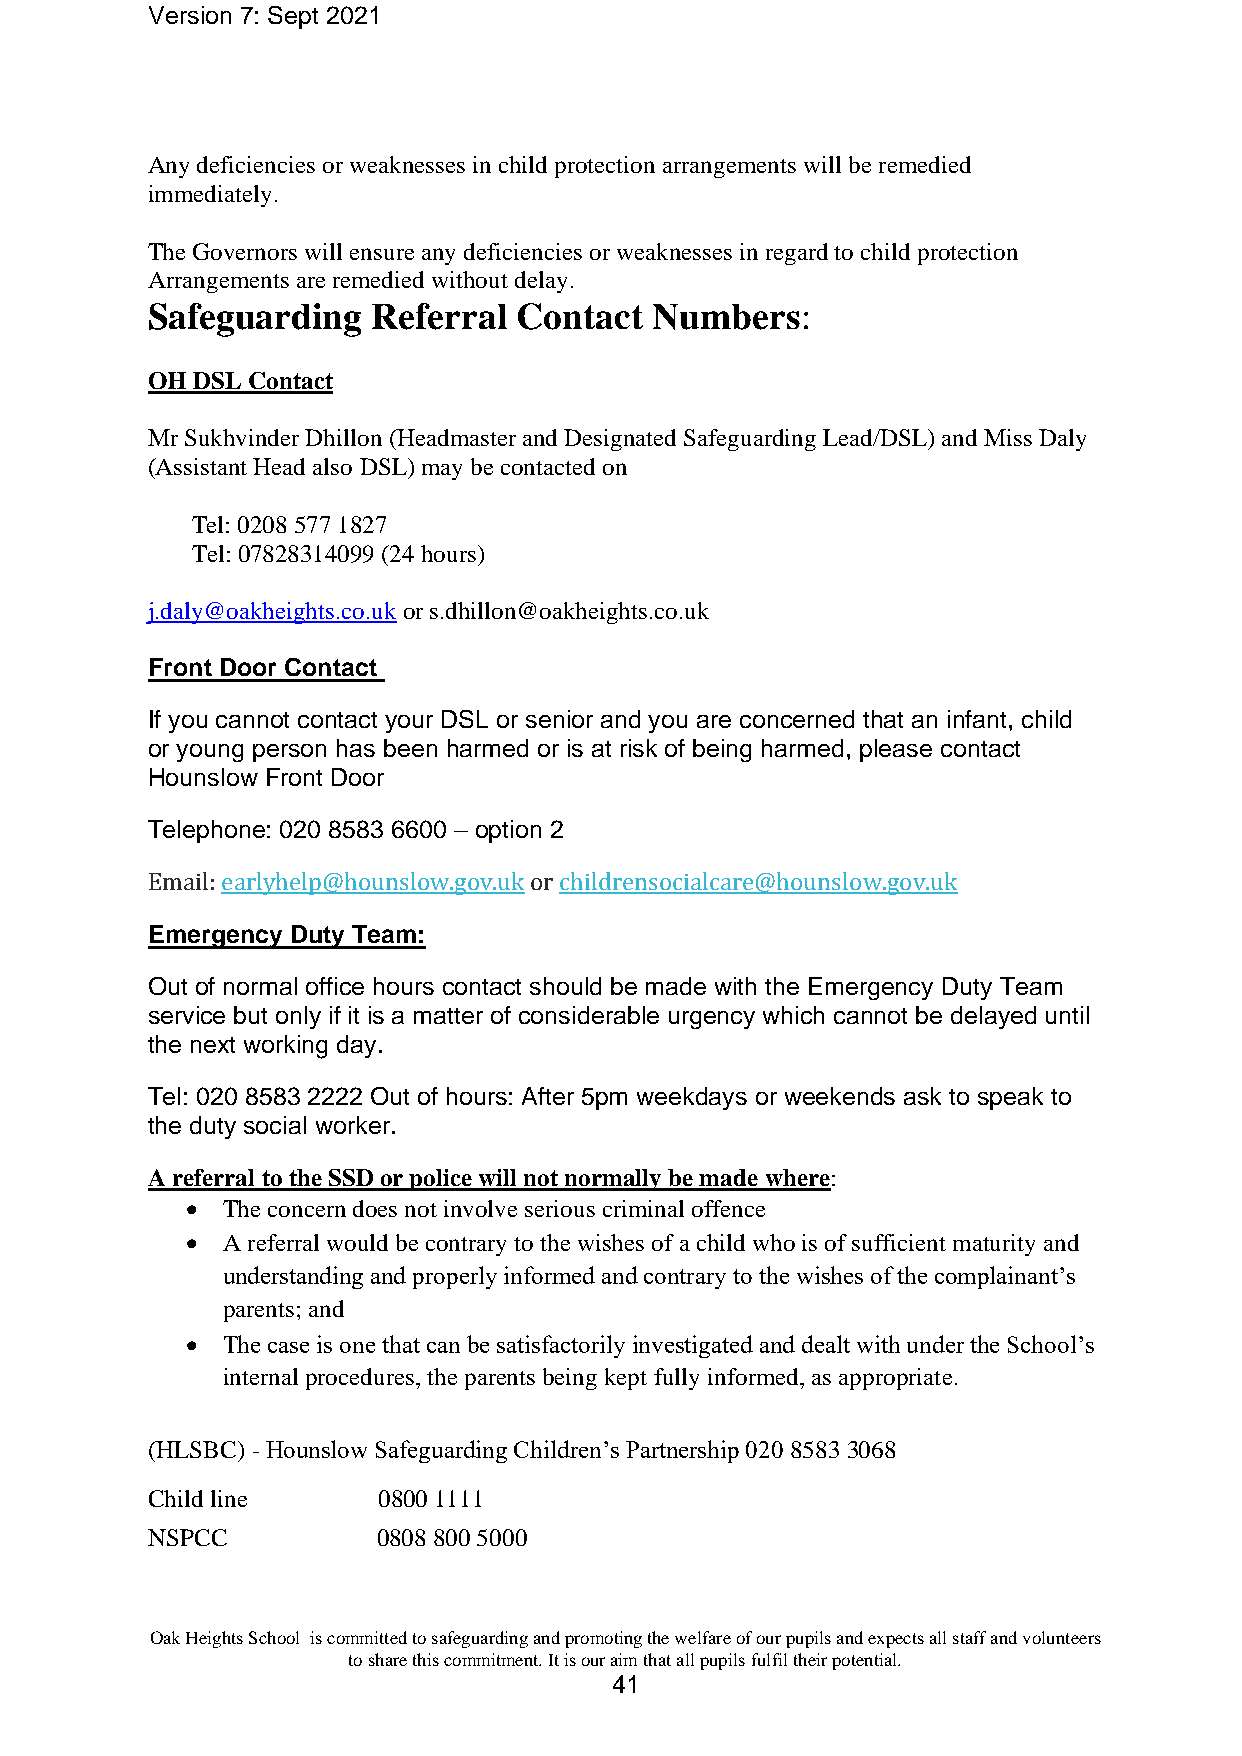
Version 7: Sept 2021
 Any deficiencies or weaknesses in child protection arrangements will be remedied
 immediately.
 The Governors will ensure any deficiencies or weaknesses in regard to child protection
 Arrangements are remedied without delay.
 Safeguarding   Referral Contact  Numbers:
 OH DSL Contact
 Mr Sukhvinder Dhillon (Headmaster and Designated Safeguarding Lead/DSL) and Miss Daly
 (Assistant Head also DSL) may be contacted on
 Tel: 0208 577 1827
 Tel: 07828314099 (24 hours)
 j.daly@oakheights.co.uk or s.dhillon@oakheights.co.uk
 Front Door Contact
 If you cannot contact your DSL or senior and you are concerned that an infant, child
 or young person has been harmed or is at risk of being harmed, please contact
 Hounslow Front Door
 Telephone: 020 8583 6600 – option 2
 Email: earlyhelp@hounslow.gov.uk or childrensocialcare@hounslow.gov.uk
 Emergency Duty Team:
 Out of normal office hours contact should be made with the Emergency Duty Team
 service but only if it is a matter of considerable urgency which cannot be delayed until
 the next working day.
 Tel: 020 8583 2222 Out of hours: After 5pm weekdays or weekends ask to speak to
 the duty social worker.
 A referral to the SSD or police will not normally be made where:
 •  The concern does not involve serious criminal offence
 •  A referral would be contrary to the wishes of a child who is of sufficient maturity and
 understanding and properly informed and contrary to the wishes of the complainant’s
 parents; and
 •  The case is one that can be satisfactorily investigated and dealt with under the School’s
 internal procedures, the parents being kept fully informed, as appropriate.
 (HLSBC) - Hounslow Safeguarding Children’s Partnership 020 8583 3068
 Child line     0800 1111
 NSPCC          0808 800 5000
 Oak Heights School is committed to safeguarding and promoting the welfare of our pupils and expects all staff and volunteers
 to share this commitment. It is our aim that all pupils fulfil their potential.
 41